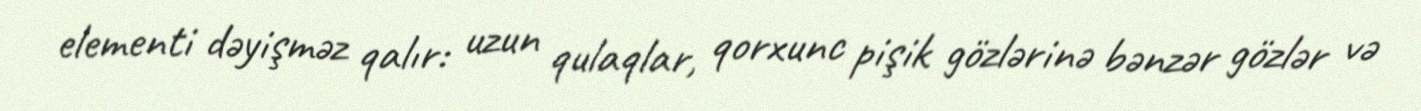
elementi dəyişməz qalır: uzun qulaqlar, qorxunc pişik gözlərinə bənzər gözlər və